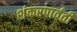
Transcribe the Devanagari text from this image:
शंकरपार्वती